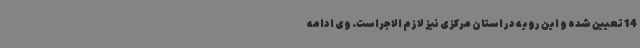
14 تعیین شده و این رویه در استان مرکزی نیز لازم الاجراست. وی ادامه